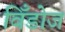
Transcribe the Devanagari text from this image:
विँडोज